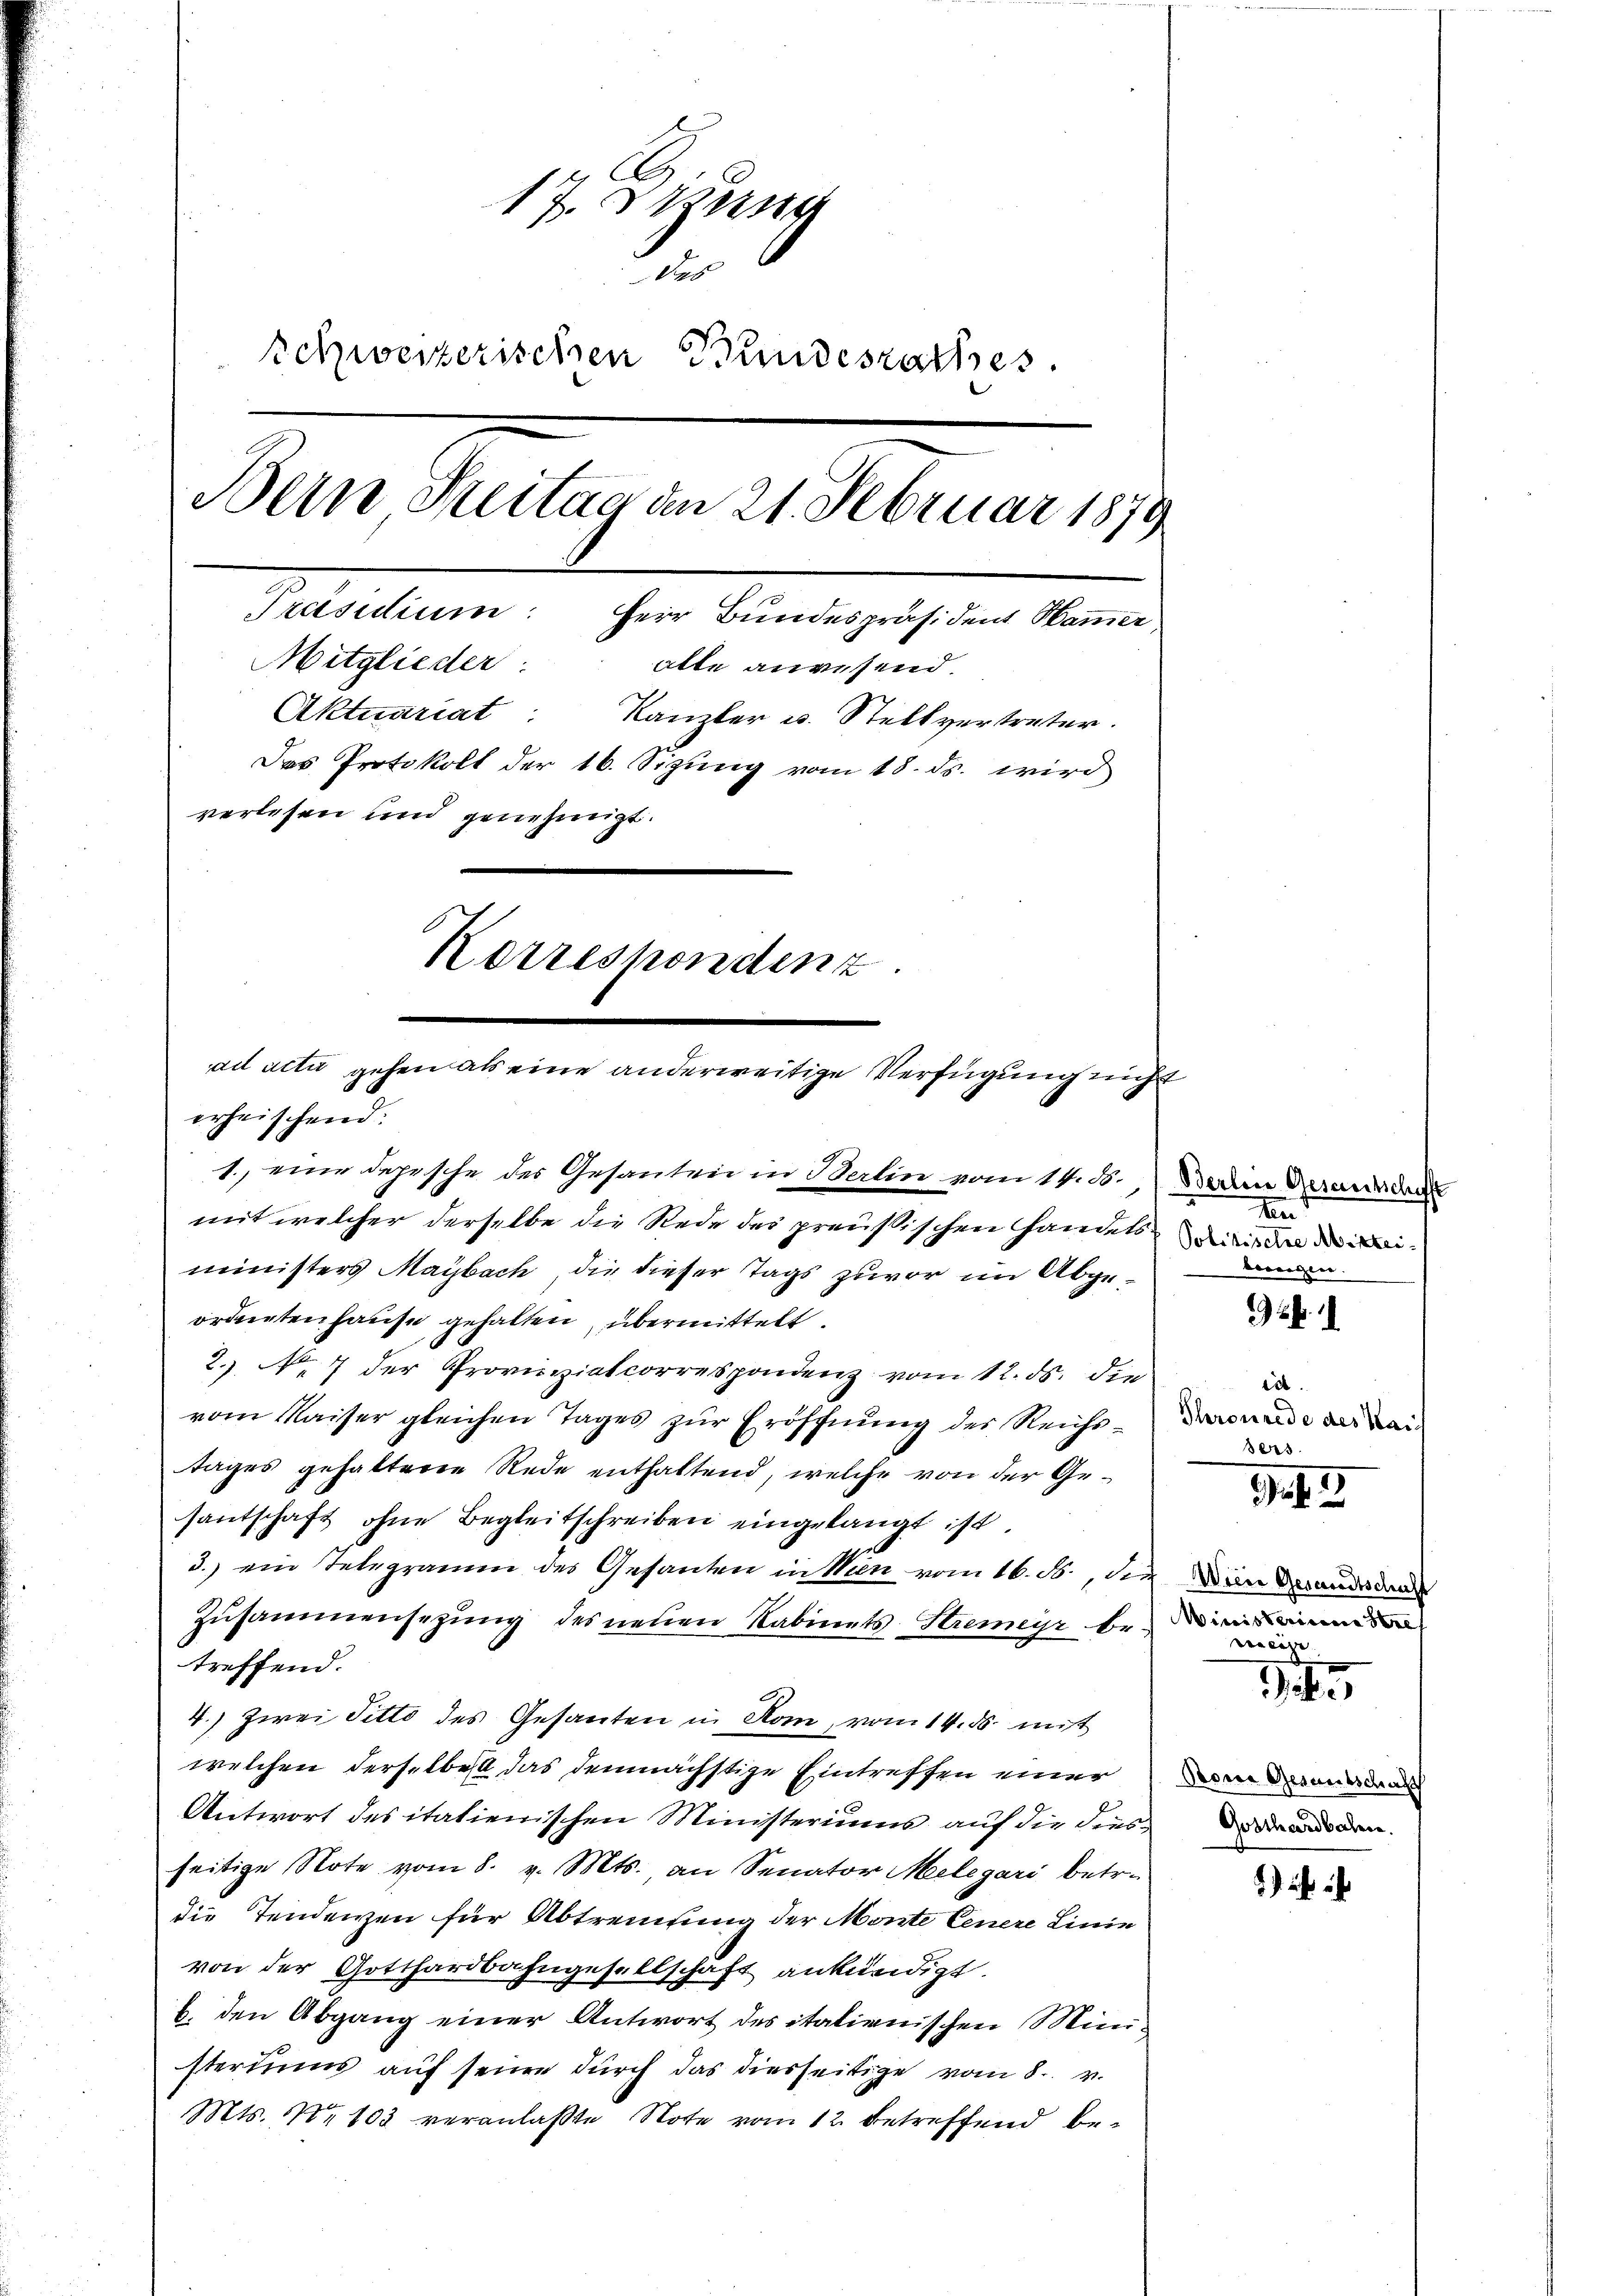
17. Den
des
Schweizerischen Bundesrathes.
Bern Seitag an 21. Februar 1879
Präsidium: Herr Bundespräsident Hammer,
Mitglieder: alle anwesend.
Aktuariat: Kanzler u. Stellvertreter.
Das Protokoll der 16. Sizung vom 18. ds. wird
verlesen und genehmigt.
Korrespondenz.

ad acti gehen als eine anderweitige Verfügung nicht
erheischend:

mit welcher derselbe die Rede der preußischen Handels die
ministers Maybach, die dieser Tags zuvor im Abgeordneten Hause gehalten übermittelt.
2.) No 7 der Provinziatcorrespondenz vom 12. ds. die
vom Kaiser gleichen Tages zŭr Eröffnŭng des Reichs-
tages gehaltene Rede enthaltend, welche von der Gesantschaft ohne Begleitschreiben eingelangt ist.
3.) ein Telegramm des Gesanten in Wien vom 16. ds., der
Zusammensetzung des neuen Kabinets Stremeyr be
treffend.
4.) Zwei Fetto des Gesanten in Rom vom 14. ds. mit
welchen derselben das demnächstige Eintreffen einer werden
Antwort des italienischen Ministeriums auf die densseitige Note vom 8. v. Mts. an Senator Melegari betr.
die Tendenzen für Abtrennung der Monte Cenere Linie
von der Gotthardbahngesellschaft ankündigt.
b. den Abgang einer Antwort des italienischen Ministeriums auf seine durch das diesseitige vom 8. v.
Mts. No 103 veranlaßte Note vom 12. betreffend be¬

1.) eine Depesche des Gesanten in Berlin vom 14. d. dem Bezauder

n
bereigen.

.

it
Thronrede des Maich
sers

f. 2

Wiere Gesandtschaft
Winisterium Sere
eeicen |

5

Gosthardbahn.

)